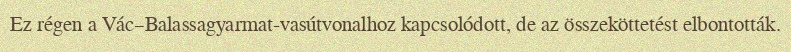
Ez régen a Vác–Balassagyarmat-vasútvonalhoz kapcsolódott, de az összeköttetést elbontották.